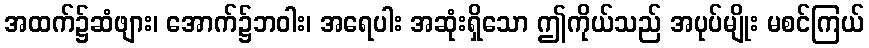
အထက်၌ဆံဖျား၊ အောက်၌ဘဝါး၊ အရေပါး အဆုံးရှိသော ဤကိုယ်သည် အပုပ်မျိုး မစင်ကြယ်